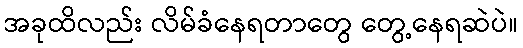
အခုထိလည်း လိမ်ခံနေရတာတွေ တွေ့နေရဆဲပဲ။